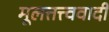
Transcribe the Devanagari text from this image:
मूलत्तत्त्ववादी